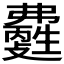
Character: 𤯽